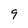
Character: 9